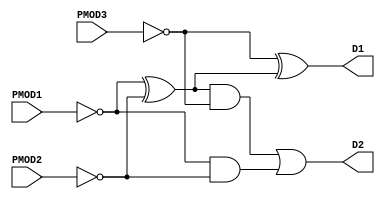
// Module: Counts how much buttons is pressed

module counter (

    //inputs
    input PMOD1,
    input PMOD2,
    input PMOD3,

    //outputs
    output D1,
    output D2
);

    //Continous Assignment: counter

    assign XORT = ~PMOD1 ^ ~PMOD2;
    assign XORB = ~PMOD3 ^ XORT;
    assign D1 = XORB;
    assign ANDT = XORT & ~PMOD3;
    assign ANDB = ~PMOD1 & ~PMOD2;
    assign D2 = ANDT | ANDB;

endmodule